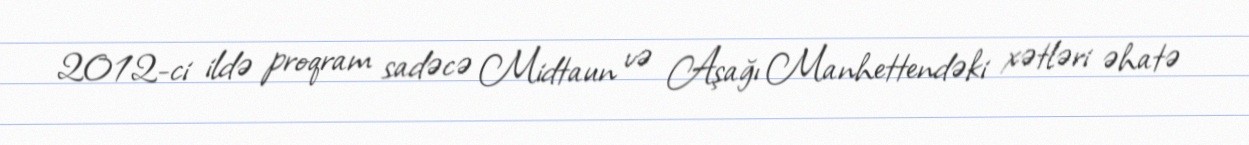
2012-ci ildə proqram sadəcə Midtaun və Aşağı Manhettendəki xətləri əhatə